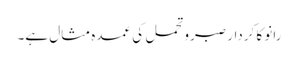
رانو کا کردار صبروتحمل کی عمدہ مثال ہے۔